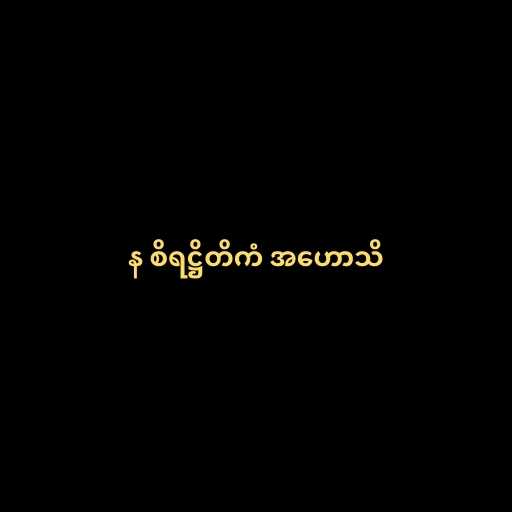
န စိရဋ္ဌိတိကံ အဟောသိ